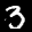
Label: 3